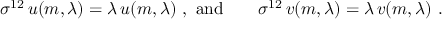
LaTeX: \sigma ^ { 1 2 } \, u ( m , \lambda ) = \lambda \, u ( m , \lambda ) \ , \ \mathrm { a n d } \qquad \sigma ^ { 1 2 } \, v ( m , \lambda ) = \lambda \, v ( m , \lambda ) \ .